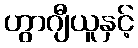
ဟွာဂျီယူနှင့်